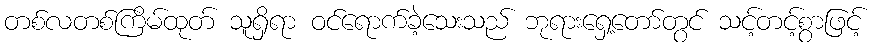
တစ်လတစ်ကြိမ်ထုတ် သူရှိရာ ဝင်ရောက်ခဲ့သေးသည် ဘုရားရှေ့တော်တွင် သင့်တင့်စွာဖြင့်